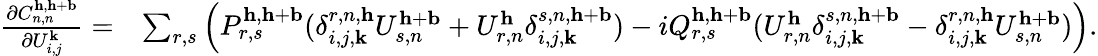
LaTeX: \begin{array}{rl}{\frac{\partial C_{n,n}^{\mathbf{h},\mathbf{h}+\mathbf{b}}}{\partial U_{i,j}^{\mathbf{k}}}=}&{\sum_{r,s}\left(P_{r,s}^{\mathbf{h},\mathbf{h}+\mathbf{b}}(\delta_{i,j,\mathbf{k}}^{r,n,\mathbf{h}}U_{s,n}^{\mathbf{h}+\mathbf{b}}+U_{r,n}^{\mathbf{h}}\delta_{i,j,\mathbf{k}}^{s,n,\mathbf{h}+\mathbf{b}})-iQ_{r,s}^{\mathbf{h},\mathbf{h}+\mathbf{b}}(U_{r,n}^{\mathbf{h}}\delta_{i,j,\mathbf{k}}^{s,n,\mathbf{h}+\mathbf{b}}-\delta_{i,j,\mathbf{k}}^{r,n,\mathbf{h}}U_{s,n}^{\mathbf{h}+\mathbf{b}})\right).}\end{array}